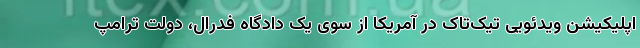
اپلیکیشن ویدئویی تیک‌تاک در آمریکا از سوی یک دادگاه فدرال، دولت ترامپ